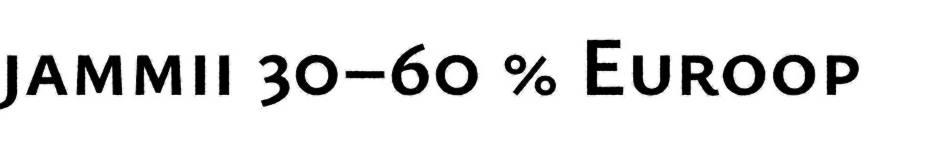
jammii 30–60 % Euroop